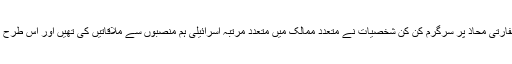
ماضی میں لکھے گئے گذشتہ چند مقالوں میں بندۂ حقیر نے کوشش کی ہے کہ پاکستانی سفارتی محاذ پر سرگرم کن کن شخصیات نے متعدد ممالک میں متعدد مرتبہ اسرائیلی ہم منصبوں سے ملاقاتیں کی تھیں اور اس طرح کی کوششیں زیادہ تر سابق صدر پرویز مشرف کے گیارہ سالہ دور میں زیادہ نظر آئی ہیں۔